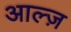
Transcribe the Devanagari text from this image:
आल्ज़